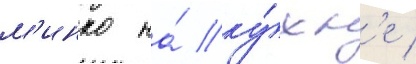
м'инко на́ ку́хн'е /